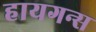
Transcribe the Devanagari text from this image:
हायगन्स